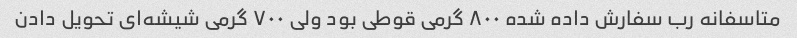
متاسفانه رب سفارش داده شده ٨٠٠ گرمی قوطی بود ولی ٧٠٠ گرمی شیشه‌ای تحویل دادن